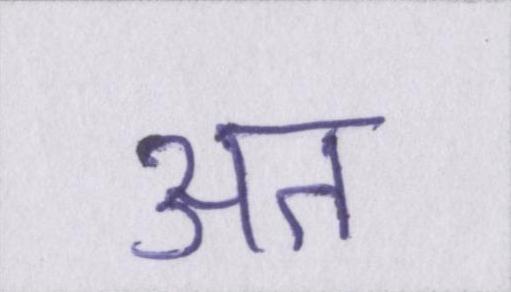
अत